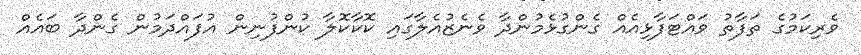
ވެެރިކަމުގެ ތަފާތު ވައްޓަފާޅިއެއް ގެންގުޅެމުންދާ ވެނެޒުއެލާގައި ކޮކާކޮލާ ކުންފުނިން އުފައްދަމުން ގެންދާ ބައެއް